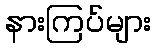
နားကြပ်များ